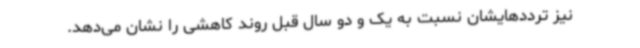
نیز ترددهایشان نسبت به یک و دو سال قبل روند کاهشی را نشان می‌دهد.